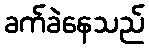
ခက်ခဲနေသည်